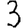
Digit: 3